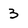
Character: 3